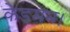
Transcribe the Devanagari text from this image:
केडमन।